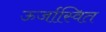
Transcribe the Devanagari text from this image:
ऊर्जास्वित